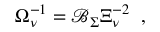
\Omega _ { \nu } ^ { - 1 } = \mathcal { B } _ { \Sigma } \Xi _ { \nu } ^ { - 2 } \; \; , \; \;